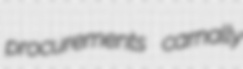
procurements carnally